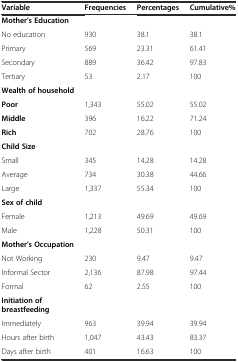
<table><thead><tr><td><b>Variable</b></td><td><b>Frequencies</b></td><td><b>Percentages</b></td><td><b>Cumulative%</b></td></tr></thead><tbody><tr><td><b>Mother’s Education</b></td><td></td><td></td><td></td></tr><tr><td>No education</td><td>930</td><td>38.1</td><td>38.1</td></tr><tr><td>Primary</td><td>569</td><td>23.31</td><td>61.41</td></tr><tr><td>Secondary</td><td>889</td><td>36.42</td><td>97.83</td></tr><tr><td>Tertiary</td><td>53</td><td>2.17</td><td>100</td></tr><tr><td><b>Wealth of household</b></td><td></td><td></td><td></td></tr><tr><td><b>Poor</b></td><td>1,343</td><td>55.02</td><td>55.02</td></tr><tr><td><b>Middle</b></td><td>396</td><td>16.22</td><td>71.24</td></tr><tr><td><b>Rich</b></td><td>702</td><td>28.76</td><td>100</td></tr><tr><td><b>Child Size</b></td><td></td><td></td><td></td></tr><tr><td>Small</td><td>345</td><td>14.28</td><td>14.28</td></tr><tr><td>Average</td><td>734</td><td>30.38</td><td>44.66</td></tr><tr><td>Large</td><td>1,337</td><td>55.34</td><td>100</td></tr><tr><td><b>Sex of child</b></td><td></td><td></td><td></td></tr><tr><td>Female</td><td>1,213</td><td>49.69</td><td>49.69</td></tr><tr><td>Male</td><td>1,228</td><td>50.31</td><td>100</td></tr><tr><td><b>Mother’s Occupation</b></td><td></td><td></td><td></td></tr><tr><td>Not Working</td><td>230</td><td>9.47</td><td>9.47</td></tr><tr><td>Informal Sector</td><td>2,136</td><td>87.98</td><td>97.44</td></tr><tr><td>Formal</td><td>62</td><td>2.55</td><td>100</td></tr><tr><td><b>Initiation of breastfeeding</b></td><td></td><td></td><td></td></tr><tr><td>Immediately</td><td>963</td><td>39.94</td><td>39.94</td></tr><tr><td>Hours after birth</td><td>1,047</td><td>43.43</td><td>83.37</td></tr><tr><td>Days after birth</td><td>401</td><td>16.63</td><td>100</td></tr></tbody></table>